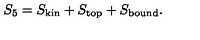
S _ { 5 } = S _ { \mathrm { k i n } } + S _ { \mathrm { t o p } } + S _ { \mathrm { b o u n d } } .